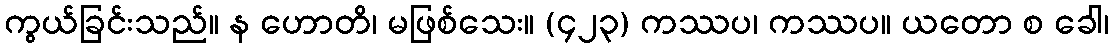
ကွယ်ခြင်းသည်။ န ဟောတိ၊ မဖြစ်သေး။ (၄၂၃) ကဿပ၊ ကဿပ။ ယတော စ ခေါ၊